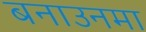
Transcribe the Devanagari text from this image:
बनाउनमा